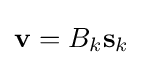
\mathbf {v} =B_{k}\mathbf {s} _{k}